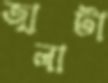
জ্বালাটা